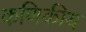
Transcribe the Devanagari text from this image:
कणिकीय